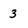
Character: 3